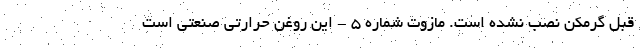
قبل گرمکن نصب نشده است. مازوت شماره 5 - این روغن حرارتی صنعتی است